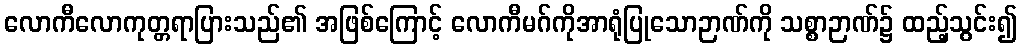
လောကီလောကုတ္တရာပြားသည်၏ အဖြစ်ကြောင့် လောကီမဂ်ကိုအာရုံပြုသောဉာဏ်ကို သစ္စာဉာဏ်၌ ထည့်သွင်း၍